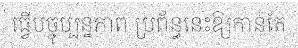
ធ្វើបច្ចុប្បន្នភាព ប្រព័ន្ធនេះឱ្យកាន់តែ